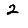
Digit: 2